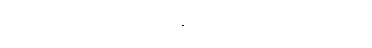
၆။ ဝါသာဂါရ = နေရာကျောင်းဖြစ်ခြင်း၊